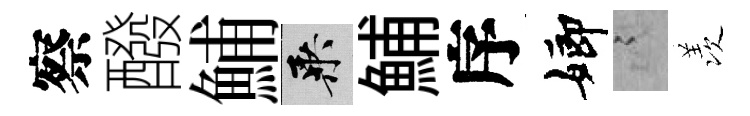
察醱鯆乘鯆序嫏謭羡